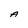
Character: A